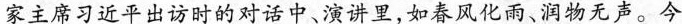
家主席习近平出访时的对话中、演讲里，如春风化雨、润物无声。今